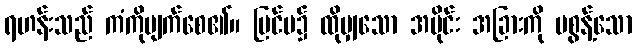
ရဟန်းသည် ကံကိုပျက်စေ၏။ ပြင်ပ၌ ထိုမျှသော အပိုင်း အခြားကို မစွန့်သော